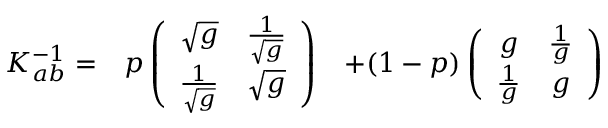
\begin{array} { c c c } { { K _ { a b } ^ { - 1 } = } } & { { p \left( \begin{array} { c c } { { \sqrt { g } } } & { { { \frac { 1 } { \sqrt { g } } } } } \\ { { { \frac { 1 } { \sqrt { g } } } } } & { { \sqrt { g } } } \end{array} \right) } } & { { + ( 1 - p ) \left( \begin{array} { c c } { { g } } & { { { \frac { 1 } { g } } } } \\ { { { \frac { 1 } { g } } } } & { { g } } \end{array} \right) } } \end{array}